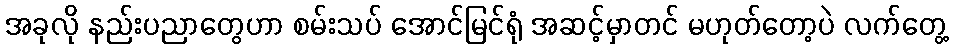
အခုလို နည်းပညာတွေဟာ စမ်းသပ် အောင်မြင်ရုံ အဆင့်မှာတင် မဟုတ်တော့ပဲ လက်တွေ့